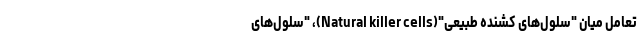
تعامل میان "سلول‌های کشنده طبیعی"(Natural killer cells)، "سلول‌های